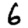
Digit: 6